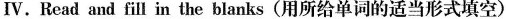
Ⅳ.Read and fill in the blanks(用所给单词的适当形式填空)